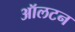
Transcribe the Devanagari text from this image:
ऑलटन